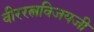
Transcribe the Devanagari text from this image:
वीररत्नविजयजी